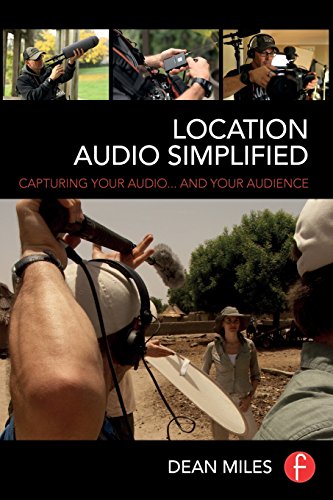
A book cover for Location Audio Simplified: Capturing Your Audio... and Your Audience; Dean Miles; Computers & Technology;